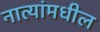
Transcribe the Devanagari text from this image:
नात्यांमधील